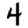
Digit: 4